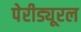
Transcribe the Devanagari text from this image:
पेरीड्यूरल